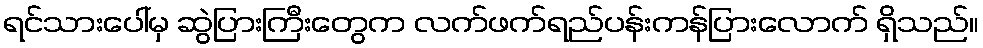
ရင်သားပေါ်မှ ဆွဲပြားကြီးတွေက လက်ဖက်ရည်ပန်းကန်ပြားလောက် ရှိသည်။